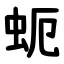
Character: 蚅